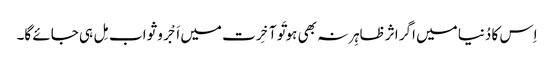
اِس کا دُنیا میں اگر اثر ظاہِر نہ بھی ہو تَو آخِرت میں اَجْر و ثواب مِل ہی جائے گا۔